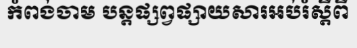
កំពង់ចាម បន្តផ្សព្វផ្សាយសារអប់រំស្តីពី